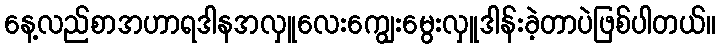
နေ့လည်စာအဟာရဒါနအလှူလေးကျွေးမွေးလှူဒါန်းခဲ့တာပဲဖြစ်ပါတယ်။